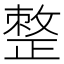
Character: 𢿋